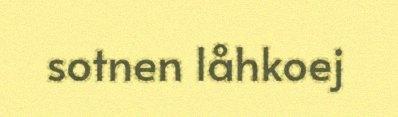
sotnen låhkoej